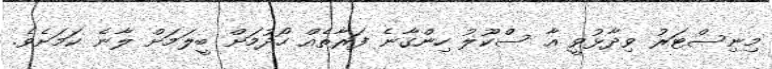
މިނިސްޓަރު ވިދާޅުވީ އާ ސްކޫލު ހިންގާނެ ފަރާތެއް ހޯދުމަށް ބީލަމަށް ލާނެ ކަމަށެވެ.